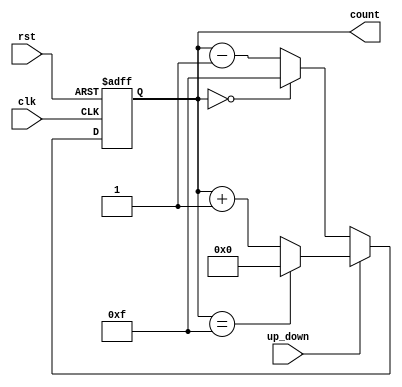
module UpDownCounter (
    input wire clk,         // Clock signal
    input wire rst,         // Asynchronous reset
    input wire up_down,     // Up/Down control signal
    output reg [3:0] count  // 4-bit count output (can be changed as needed)
);

// Always block triggered on the rising edge of the clock or asynchronous reset
always @(posedge clk or posedge rst) begin
    if (rst) begin
        count <= 4'b0000;  // Reset count to zero
    end else begin
        if (up_down) begin
            // Count Up
            if (count == 4'b1111) begin
                count <= 4'b0000;  // Wrap around to zero
            end else begin
                count <= count + 1; // Increment count
            end
        end else begin
            // Count Down
            if (count == 4'b0000) begin
                count <= 4'b1111;  // Wrap around to maximum value
            end else begin
                count <= count - 1; // Decrement count
            end
        end
    end
end

endmodule